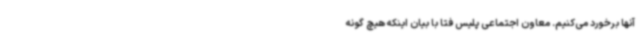
آنها برخورد می‌کنیم. معاون اجتماعی پلیس فتا با بیان اینکه هیچ گونه